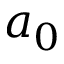
a _ { 0 }